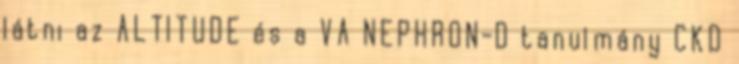
látni az ALTITUDE és a VA NEPHRON-D tanulmány CKD